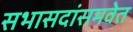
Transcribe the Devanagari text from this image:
सभासदांसमवेत